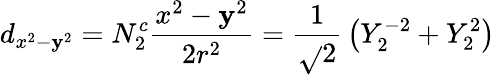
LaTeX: d_{x^{2}-\mathbf{y}^{2}}=N_{2}^{c}{\frac{{x^{2}-\mathbf{y}^{2}}}{{2r^{2}}}}={\frac{{1}}{{\sqrt{}{{2}}}}}\left(Y_{2}^{-2}+Y_{2}^{2}\right)